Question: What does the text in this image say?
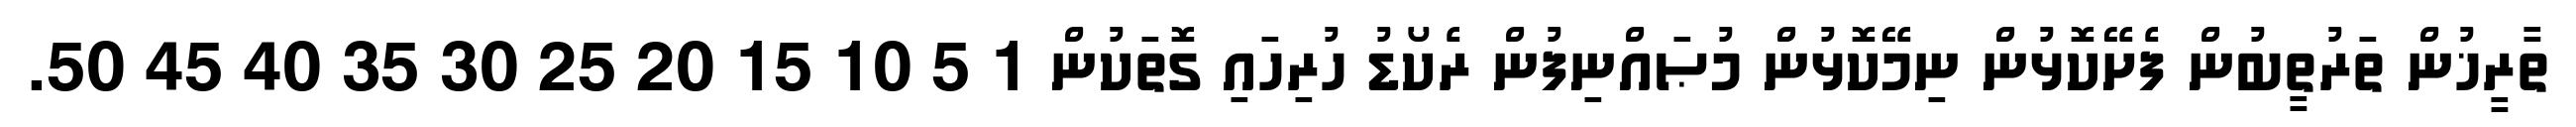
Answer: ތާރީޚުން ތަރުތީބުން ފެށޭކޮޅުން ނިމޭކޮޅުން މުޞައްނިފުން ރެކޯޑު ހުރިހައި ގޮތަކުން 1 5 10 15 20 25 30 35 40 45 50.